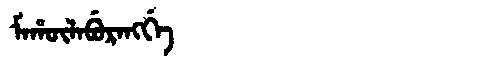
Manchu: ᠮᠠᡥᡡᠯᠠᠪᡠᡵᠠᠩᡤᡝ
Romanization: MAHŪLABURANGGE